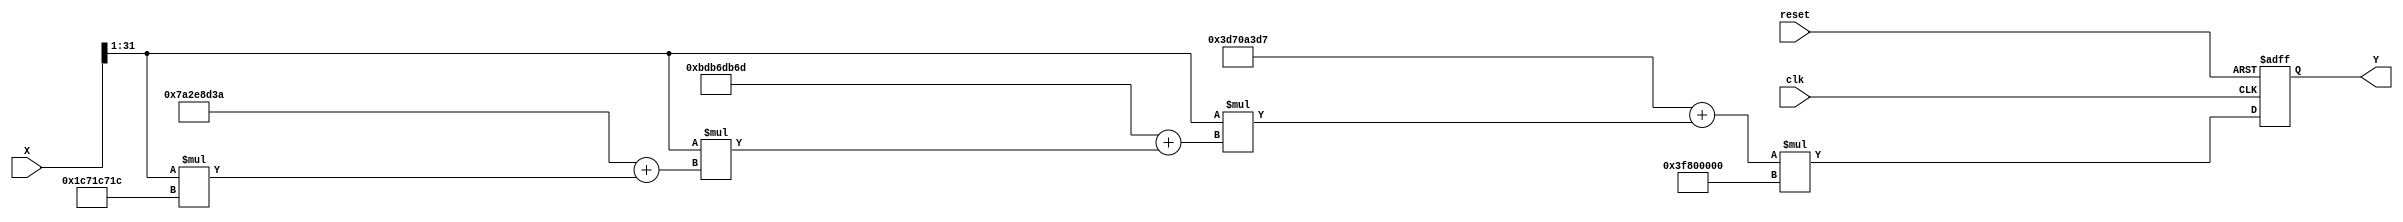
module poly_approx_reciprocal(
    input wire [31:0] X,       // Input value (fixed-point representation)
    output reg [31:0] Y,       // Output value (reciprocal)
    input wire clk,            // Clock signal
    input wire reset           // Reset signal
);

    // Define polynomial coefficients for approximation
    parameter COEF_0 = 32'h3D70A3D7; // Example coefficient for x^0
    parameter COEF_1 = 32'hBDB6DB6D; // Example coefficient for x^1
    parameter COEF_2 = 32'h7A2E8D3A; // Example coefficient for x^2
    parameter COEF_3 = 32'h1C71C71C; // Example coefficient for x^3

    // Normalization constants
    parameter NORMALIZE_SHIFT = 1; // Shift value for normalization
    parameter SCALE_FACTOR = 32'h3F800000; // Scale factor to bring result back to range

    // Intermediate variables
    reg [31:0] norm_x;
    reg [31:0] polynomial_result;

    // Polynomial evaluation using Horner's method
    always @(posedge clk or posedge reset) begin
        if (reset) begin
            Y <= 32'b0;
        end else begin
            // Normalize input
            norm_x = X >> NORMALIZE_SHIFT; // Shift right to normalize
            
            // Evaluate polynomial
            polynomial_result = COEF_0 + (norm_x * (COEF_1 + (norm_x * (COEF_2 + (norm_x * COEF_3)))));
            
            // Scale the result to obtain the reciprocal
            Y <= polynomial_result * SCALE_FACTOR; // Scale back the result
        end
    end

endmodule